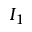
I _ { 1 }